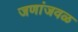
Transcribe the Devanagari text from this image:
जणांजवळ